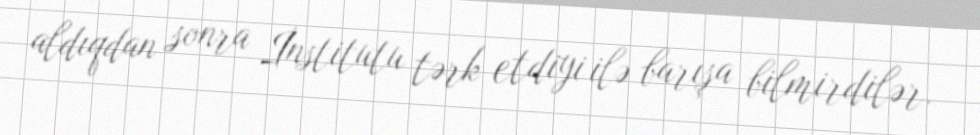
aldıqdan sonra İnstitutu tərk etdiyi ilə barışa bilmirdilər.